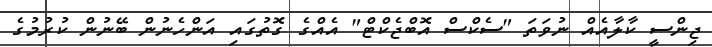
ޖިންސީ ކާލާއެއް ނުވަތަ "ސެކްސް އޮބްޖެކްޓް" އެއްގެ ގޮތުގައި އަންހެނުން ބޭނުން ކުރުމުގެ